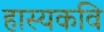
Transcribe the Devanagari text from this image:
हास्यकवि